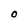
Character: O